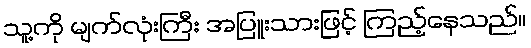
သူ့ကို မျက်လုံးကြီး အပြူးသားဖြင့် ကြည့်နေသည်။